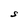
Character: S